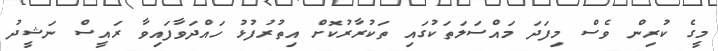
މީގެ ކުރިން ވެސް މިފަދަ މައްސަލަތަކުގައި ތަކުރާރުކޮށް އިތުރުފުޅު ހައްދަވާފައިވާ ރައީސް ނަޝީދު